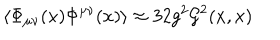
\left\langle \Phi _ { \mu \nu } ( x ) \Phi ^ { \mu \nu } ( x ) \right\rangle \approx 3 2 g ^ { 2 } { \cal G } ^ { 2 } ( x , x )